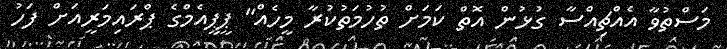
މަސްތުވާ އެއްޗިއްސާ ގުޅުން އޮތް ކަމަށް ތުހުމަތުކުރާ މީހެއް" ޕީޕީއެމްގެ ޕްރައިމަރީއަށް ފަހު